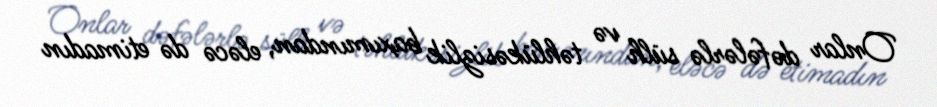
Onlar dəfələrlə sülh və təhlükəsizlik baxımından, eləcə də etimadın